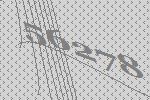
56278